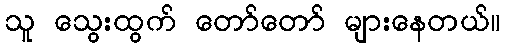
သူ သွေးထွက် တော်တော် များနေတယ်။